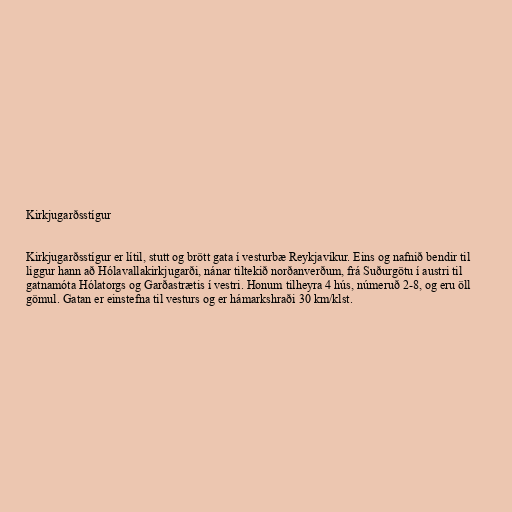
Kirkjugarðsstígur

Kirkjugarðsstígur er lítil, stutt og brött gata í vesturbæ Reykjavíkur. Eins og nafnið bendir til
liggur hann að Hólavallakirkjugarði, nánar tiltekið norðanverðum, frá Suðurgötu í austri til
gatnamóta Hólatorgs og Garðastrætis í vestri. Honum tilheyra 4 hús, númeruð 2-8, og eru öll
gömul. Gatan er einstefna til vesturs og er hámarkshraði 30 km/klst.